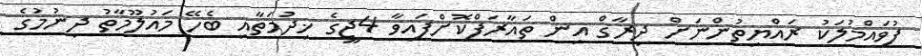
ފުވައްމުލަކު ރައްޔިތުންނަށް ދިރާގް އިން ތައާރަފްކޮށްފައިވާ 4ޖީގެ ޚިދުމަތާއި ބެހޭ މައުލޫމާތު ދިނުމުގެ